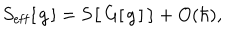
S _ { \mathrm { e f f } } [ \, g \, ] = \mathbf { S } \big [ \, G [ \, g \, ] \, \big ] + O ( \hbar ) ,